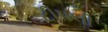
ટીપલી